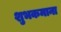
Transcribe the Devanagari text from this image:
शुभकमाना